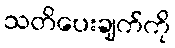
သတိပေးချက်ကို